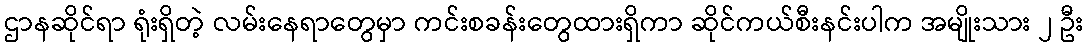
ဌာနဆိုင်ရာ ရုံးရှိတဲ့ လမ်းနေရာတွေမှာ ကင်းစခန်းတွေထားရှိကာ ဆိုင်ကယ်စီးနင်းပါက အမျိုးသား ၂ ဦး